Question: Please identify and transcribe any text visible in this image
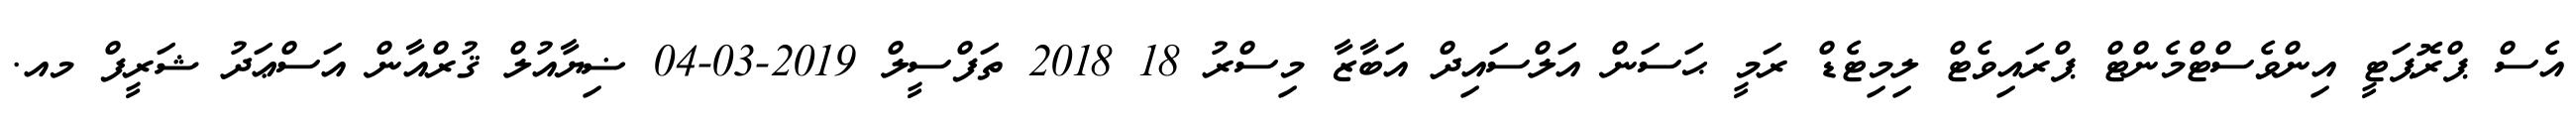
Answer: އެސް ޕްރޮޕަޓީ އިންވެސްޓްމެންޓް ޕްރައިވެޓް ލިމިޓެޑް ރަމީ ޙަސަން އަލްސައިދް އަބާޒާ މިސްރު 18 2018 ތަފްސީލް 2019-03-04 ޟިޔާއުލް ޤުރްއާން އަސްޢަދު ޝަރީފް މއ.